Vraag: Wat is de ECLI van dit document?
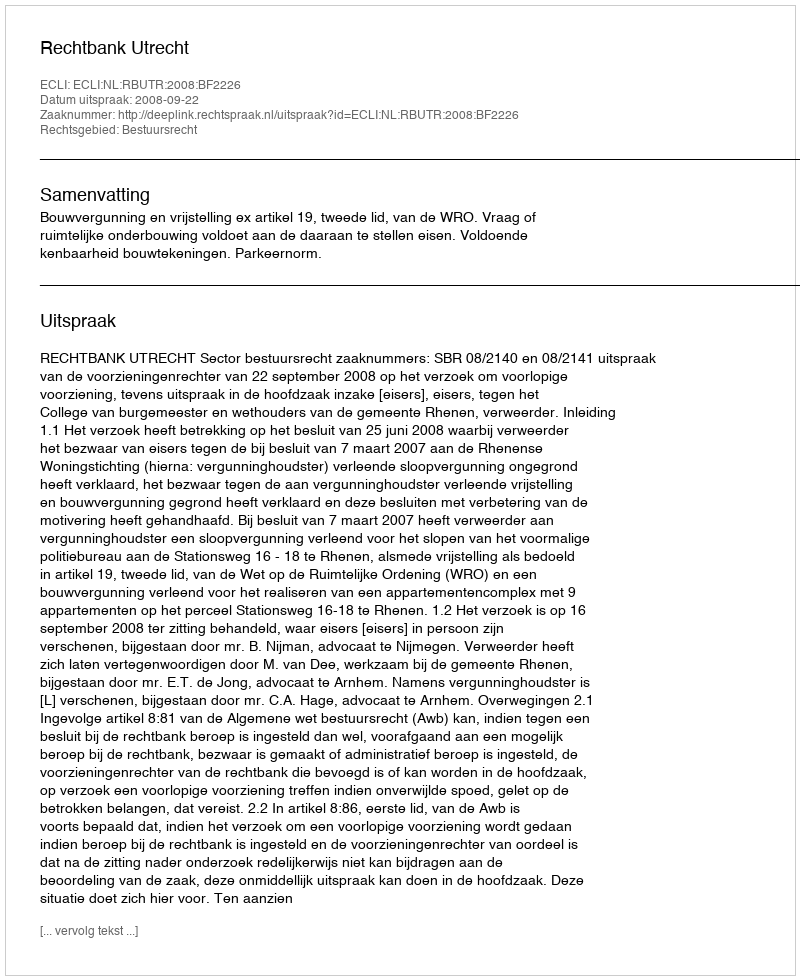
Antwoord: ECLI:NL:RBUTR:2008:BF2226